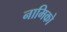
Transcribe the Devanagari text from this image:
नामिको